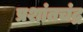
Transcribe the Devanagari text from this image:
प्रशांतचंद्र